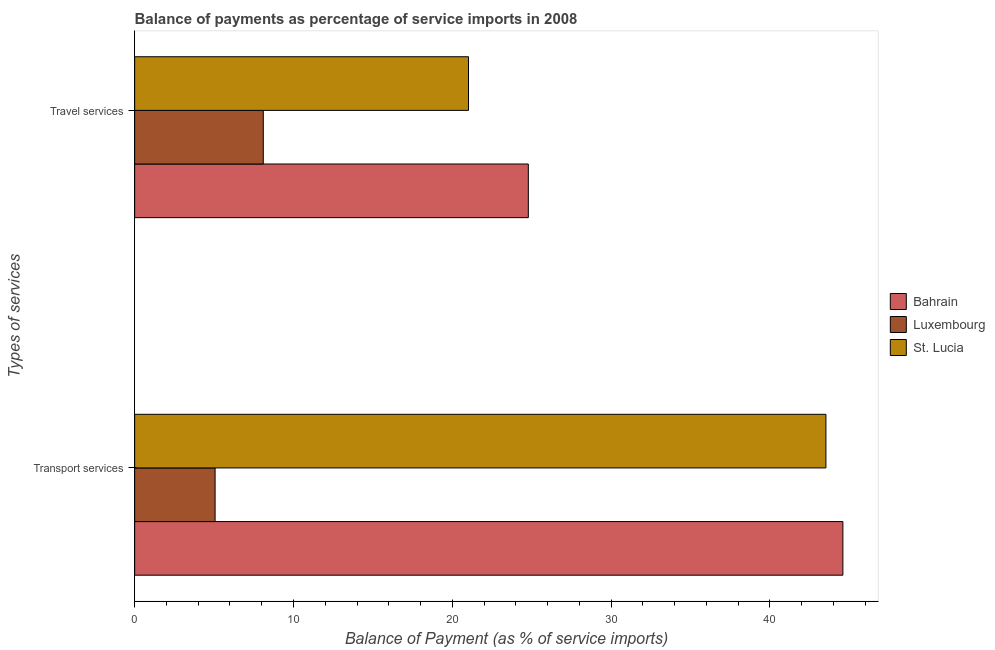
| Types of services | Bahrain | Luxembourg | St. Lucia |
 | --- | --- | --- | --- |
 | Transport services | 44.6 | 5.07 | 43.5 |
 | Travel services | 24.8 | 8.1 | 21 |